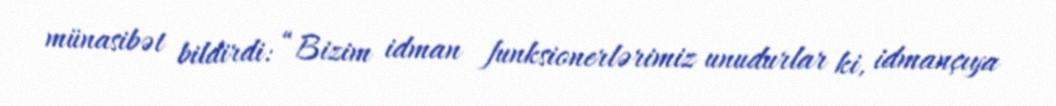
münasibət bildirdi: “Bizim idman funksionerlərimiz unudurlar ki, idmançıya